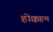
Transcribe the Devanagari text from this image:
होक्कहम